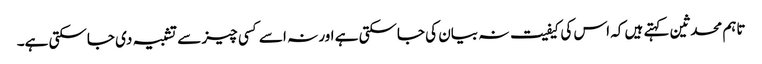
تاہم محدثین کہتے ہیں کہ اس کی کیفیت نہ بیان کی جاسکتی ہے اور نہ اسے کسی چیز سے تشبیہ دی جاسکتی ہے۔